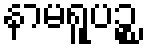
နာမရူပဉ္စ